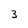
Character: 3